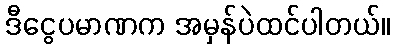
ဒီငွေပမာဏက အမှန်ပဲထင်ပါတယ်။